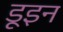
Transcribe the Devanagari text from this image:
डूइन